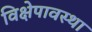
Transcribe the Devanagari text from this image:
विक्षेपावस्था